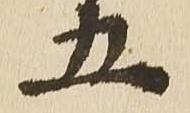
五